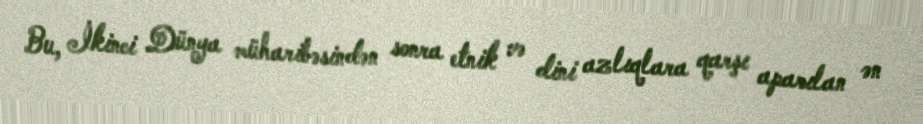
Bu, İkinci Dünya müharibəsindən sonra etnik və dini azlıqlara qarşı aparılan ən